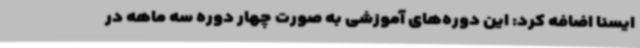
ایسنا اضافه کرد: این دوره‌های آموزشی به صورت چهار دوره سه ماهه در